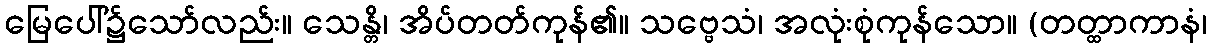
မြေပေါ်၌သော်လည်း။ သေန္တိ၊ အိပ်တတ်ကုန်၏။ သဗ္ဗေသံ၊ အလုံးစုံကုန်သော။ (တတ္ထာကာနံ၊